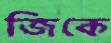
জিকে